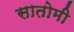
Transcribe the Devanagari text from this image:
सातोमी